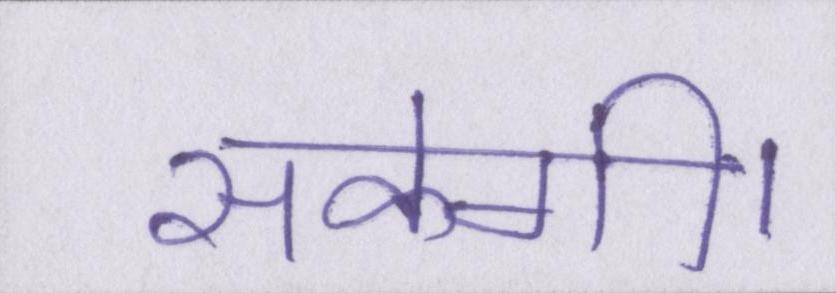
सकेगी।